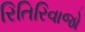
રિતિરિવાજો